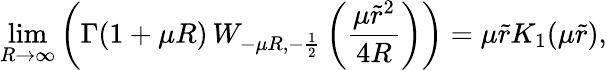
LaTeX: \operatorname*{lim}_{R\rightarrow\infty}\left(\Gamma(1+\mu R)\, W_{-\mu R,-\frac{1}{2}}\left(\frac{\mu\tilde{r}^{2}}{4R}\right)\right)=\mu\tilde{r}K_{1}(\mu\tilde{r}),